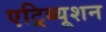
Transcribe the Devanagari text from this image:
एट्रिब्यूशन